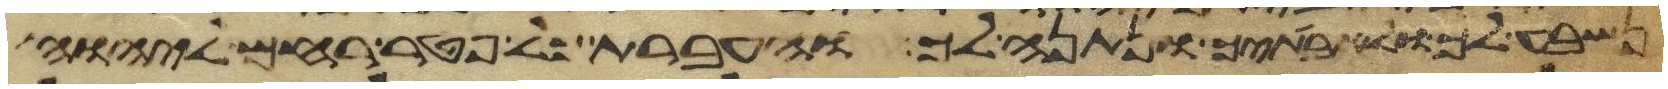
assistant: נשבע לך ולאבתיך ונתנה לך והעברת כל פטר רחם ליהוה